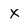
Character: X